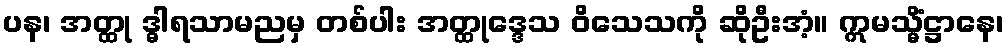
ပန၊ အတ္ထု ဒ္ဓါရသာမညမှ တစ်ပါး အတ္ထုဒ္ဒေသ ဝိသေသကို ဆိုဦးအံ့။ ဣမသ္မိံဋ္ဌာနေ၊